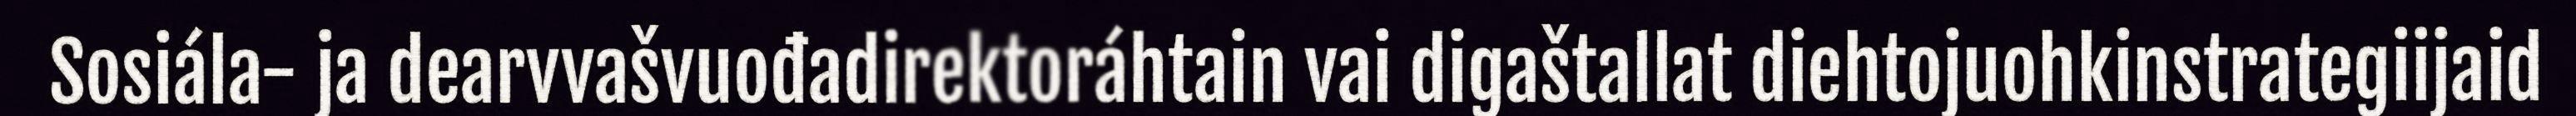
Sosiála- ja dearvvašvuođadirektoráhtain vai digaštallat diehtojuohkinstrategiijaid